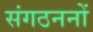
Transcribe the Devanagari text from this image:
संगठननों